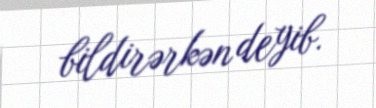
bildirərkən deyib.